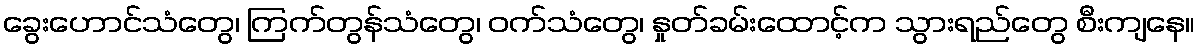
ခွေးဟောင်သံတွေ၊ ကြက်တွန်သံတွေ၊ ဝက်သံတွေ၊ နှုတ်ခမ်းထောင့်က သွားရည်တွေ စီးကျနေ။